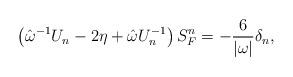
LaTeX: \begin{align*}\left( \hat{\omega}^{-1}U_n-2\eta +\hat{\omega}U_n^{-1}\right) S_F^n=-\frac6{|\omega |}\delta _n,\end{align*}